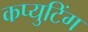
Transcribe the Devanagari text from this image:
कप्युटिंग